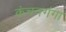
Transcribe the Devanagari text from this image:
कंचनगंगा